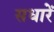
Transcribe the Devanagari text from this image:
सधारें